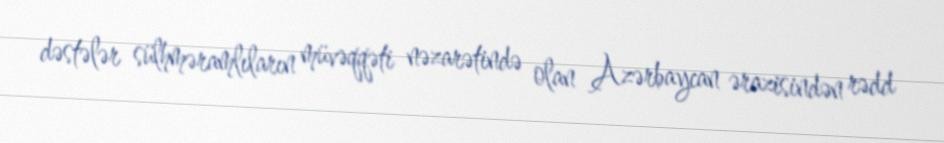
dəstələr sülhməramlıların müvəqqəti nəzarətində olan Azərbaycan ərazisindən rədd